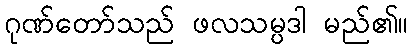
ဂုဏ်တော်သည် ဖလသမ္ပဒါ မည်၏။